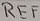
Text: REF